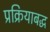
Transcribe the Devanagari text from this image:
प्रक्रियाबद्ध